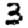
Digit: 3